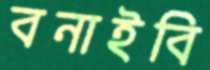
বনাইবি